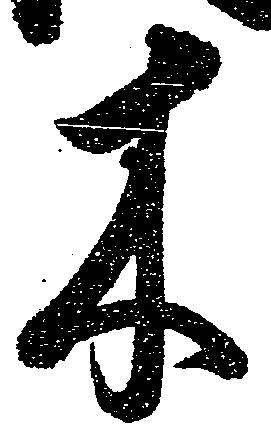
木